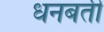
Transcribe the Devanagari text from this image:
धनबती